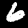
Label: 6